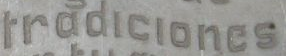
rradiciones